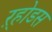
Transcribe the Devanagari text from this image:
ऱ्होडस